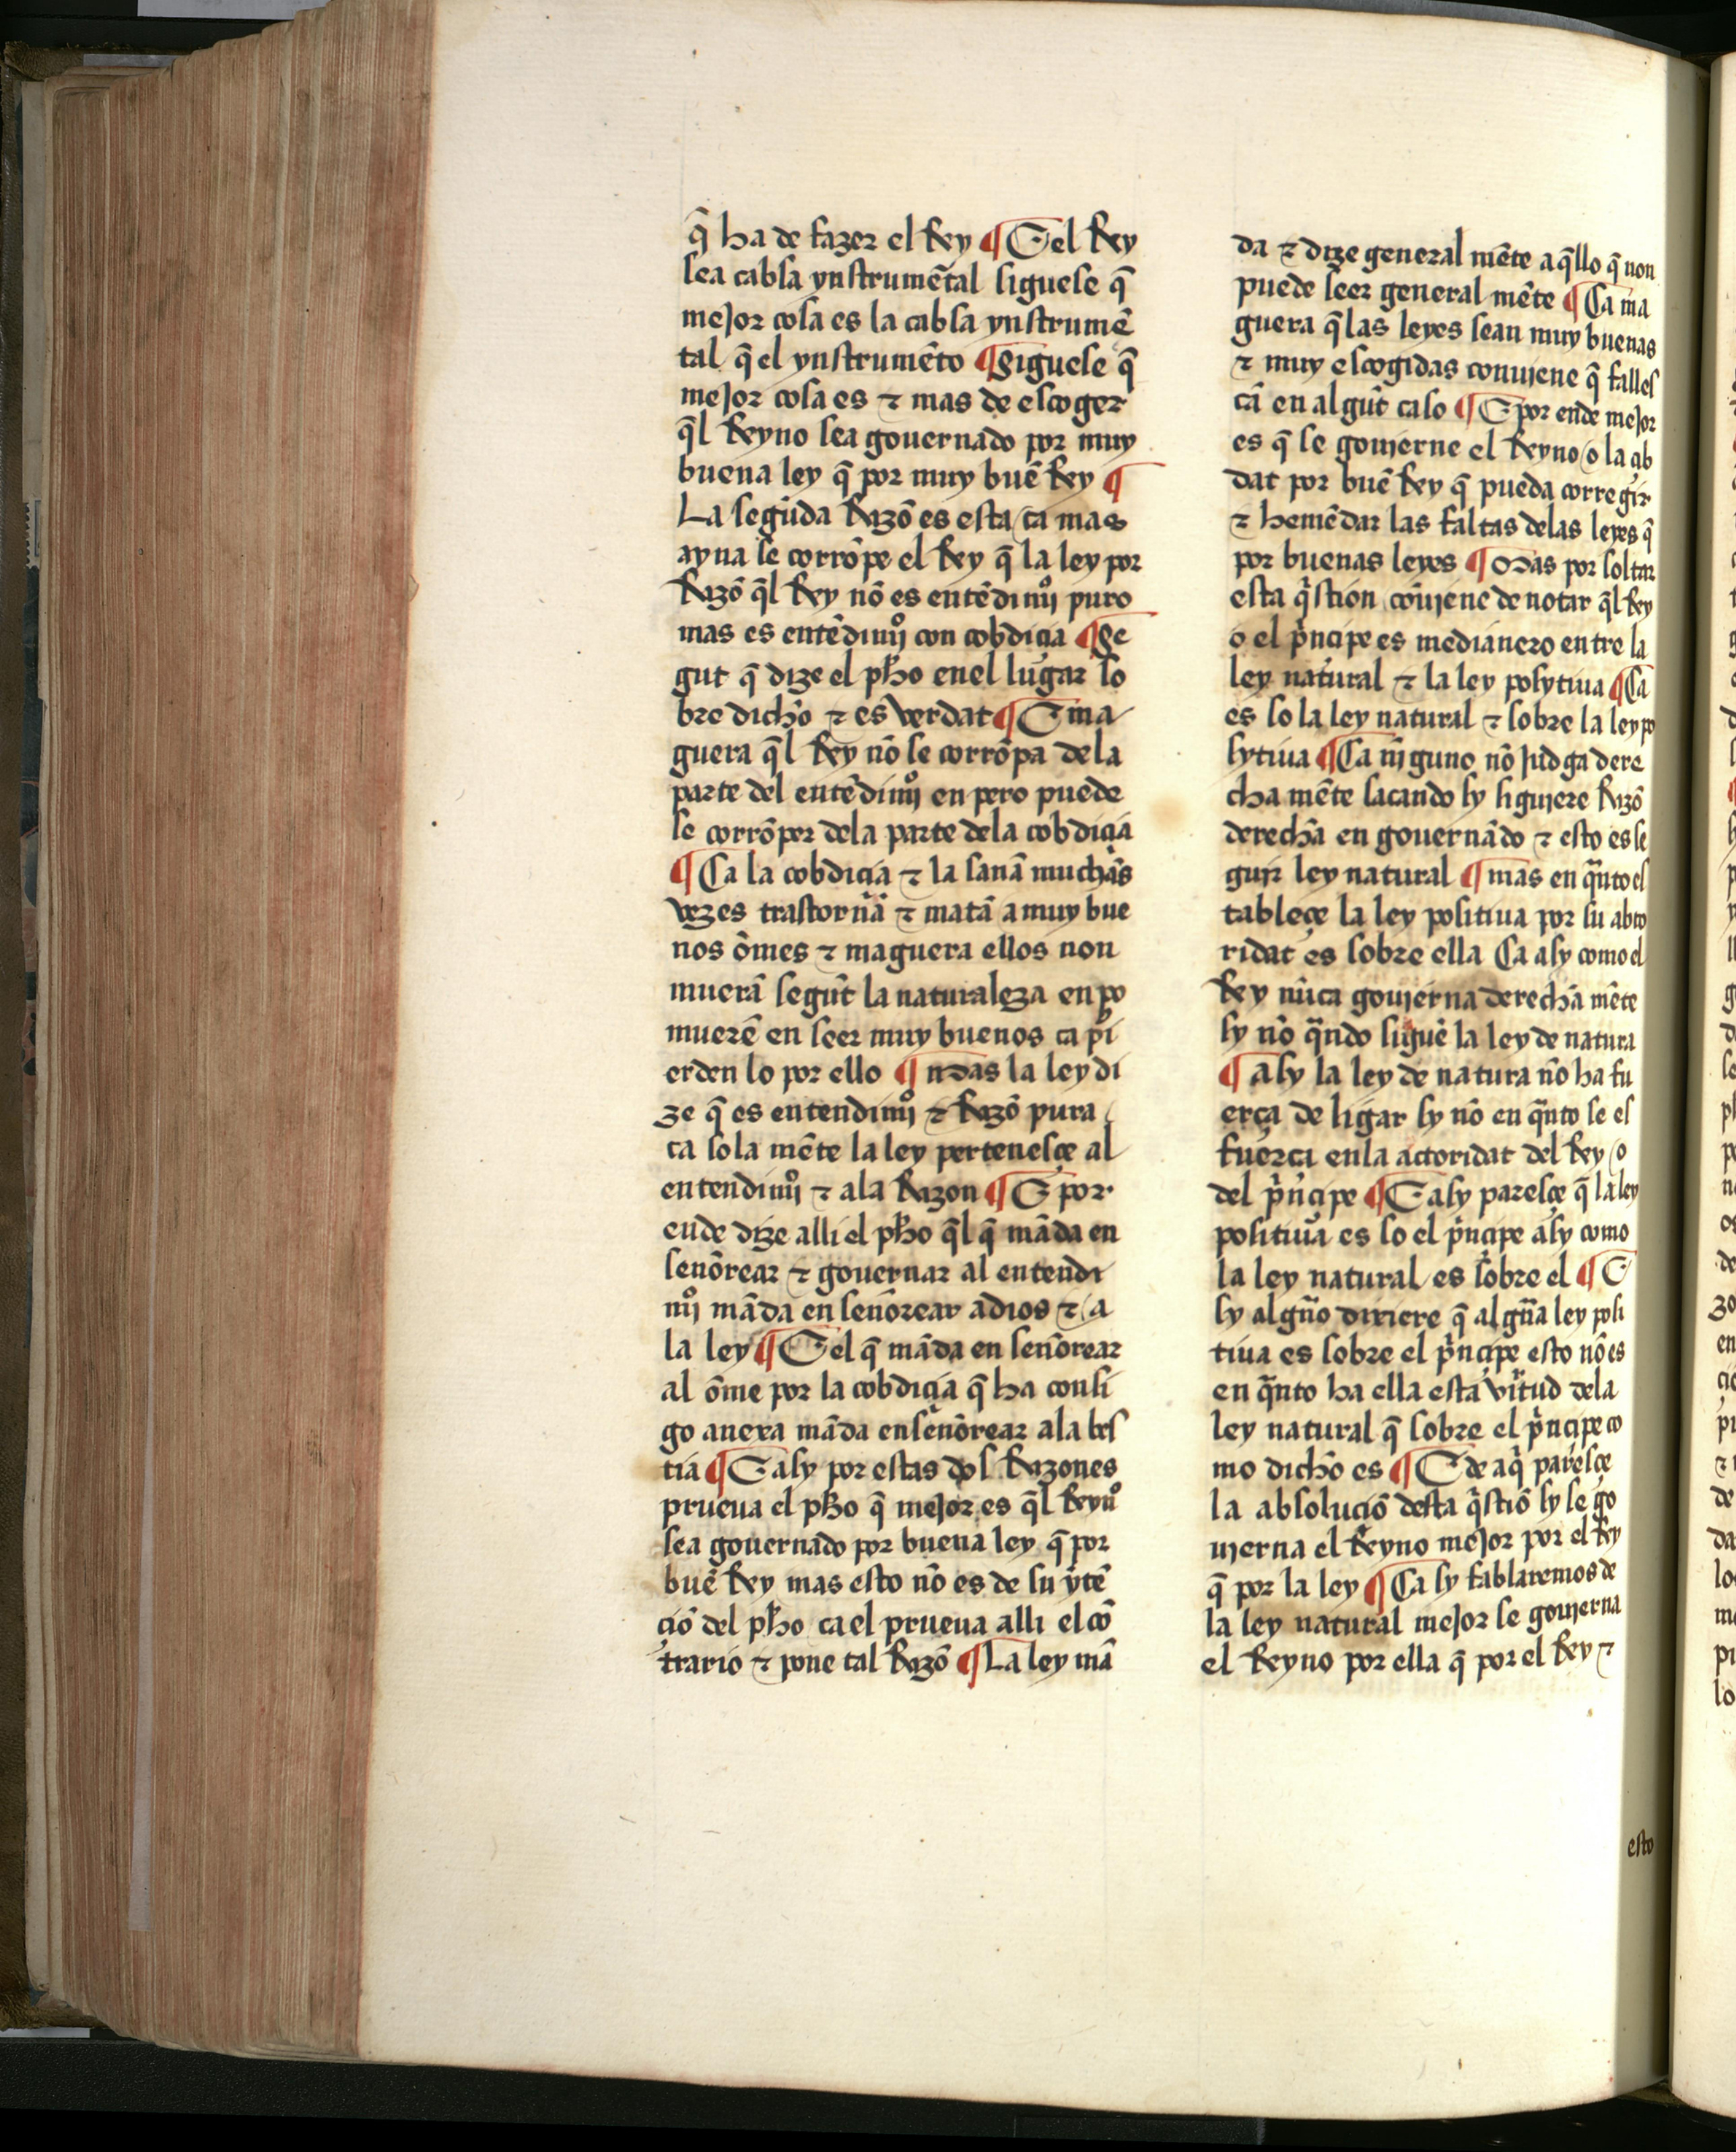
Shelfmark: Salamanca, Biblioteca Histórica USAL, 2709
Century: 15